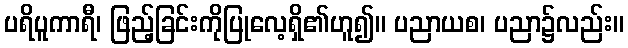
ပရိပူကာရီ၊ ဖြည့်ခြင်းကိုပြုလေ့ရှိ၏ဟူ၍။ ပညာယစ၊ ပညာ၌လည်း။